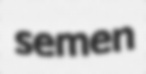
semen